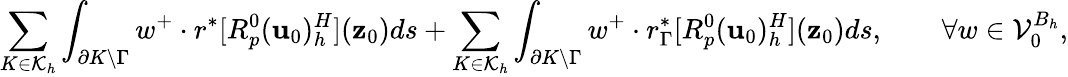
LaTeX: \sum_{K\in\mathcal{K}_{h}}\int_{\partial K\backslash\Gamma}w^{+}\cdot r^{*}[R_{p}^{0}(\mathbf{u}_{0})_{h}^{H}](\mathbf{z}_{0})ds+\sum_{K\in\mathcal{K}_{h}}\int_{\partial K\backslash\Gamma}w^{+}\cdot r_{\Gamma}^{*}[R_{p}^{0}(\mathbf{u}_{0})_{h}^{H}](\mathbf{z}_{0})ds,\qquad\forall w\in\mathcal{V}_{0}^{B_{h}},